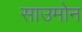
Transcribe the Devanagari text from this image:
साउमोन